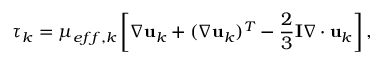
\boldsymbol { \tau } _ { k } = \mu _ { e f f , k } \left[ \nabla \mathbf { u } _ { k } + ( \nabla \mathbf { u } _ { k } ) ^ { T } - \frac { 2 } { 3 } \mathbf { I } \nabla \cdot \mathbf { u } _ { k } \right] ,